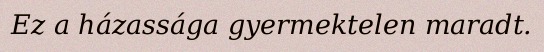
Ez a házassága gyermektelen maradt.